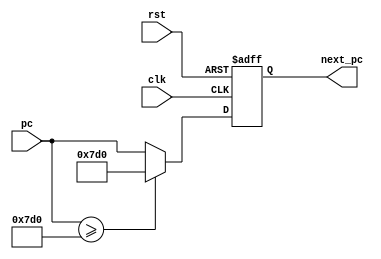
`timescale 1ns / 1ps

module program_counter(input clk, input rst, input [31:0] pc, output reg [31:0] next_pc);

always @(posedge clk or posedge rst) begin
		//if(rst) next_pc <= 0;
      //else next_pc <= pc;
		if(rst) next_pc <= 0;
      else if(pc >= 32'd2000)next_pc <= 32'd2000;
		else next_pc <= pc;
end

endmodule